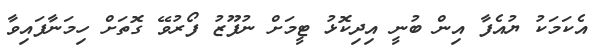
އެކަމަކު ޔުއެފާ އިން ބުނީ އިދިކޮޅު ޓީމަށް ނުފޫޒު ފޯރުވޭ ގޮތަށް ހިމަނާފައިވާ